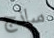
ساذج